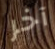
آخر